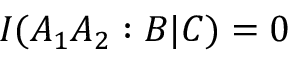
I ( A _ { 1 } A _ { 2 } : B | C ) = 0